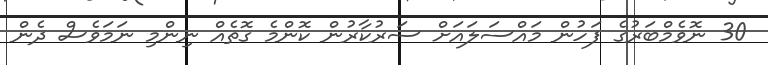
30 ނޮވެމްބަރުގެ ފަހުން މައްސަލައަށް ސަރުކާރުން ކޮންމެ ގޮތެއް ނިންމި ނަމަވެސް ދެން